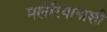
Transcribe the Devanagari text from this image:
मलेरियानाशी